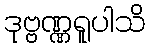
ဒုဗ္ဗဏ္ဏရူပါသိ